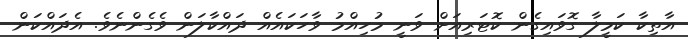
އާތިކާ ކަމީލާ ގޮވައިގެން ކޮޓަރިއަށް ވަނީ މުހިއްމު ވާހަކައެއް ދައްކާލަން ވެގެންނެވެ. އެދައްކަން